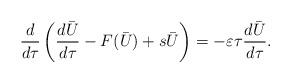
LaTeX: \begin{align*}\frac{d}{d\tau}\left(\frac{d\bar{U}}{d \tau}-F(\bar{U})+s\bar{U}\right)=-\varepsilon \tau\frac{d \bar{U}}{d\tau}.\end{align*}